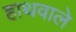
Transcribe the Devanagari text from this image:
हाथवाले